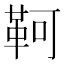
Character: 𩊆